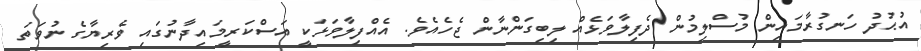
އުޙުދު ހަނގުރާމައިން މުސްލިމުން ދެފިލާވަޅެއް ލިބިގަންނާން ޖެހެއެވެ. އެއްފިލާވަޅަކީ އަސްކަރީމައިދާނުގައި ވެރިޔާގެ ނުވަތަ